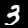
Digit: 3